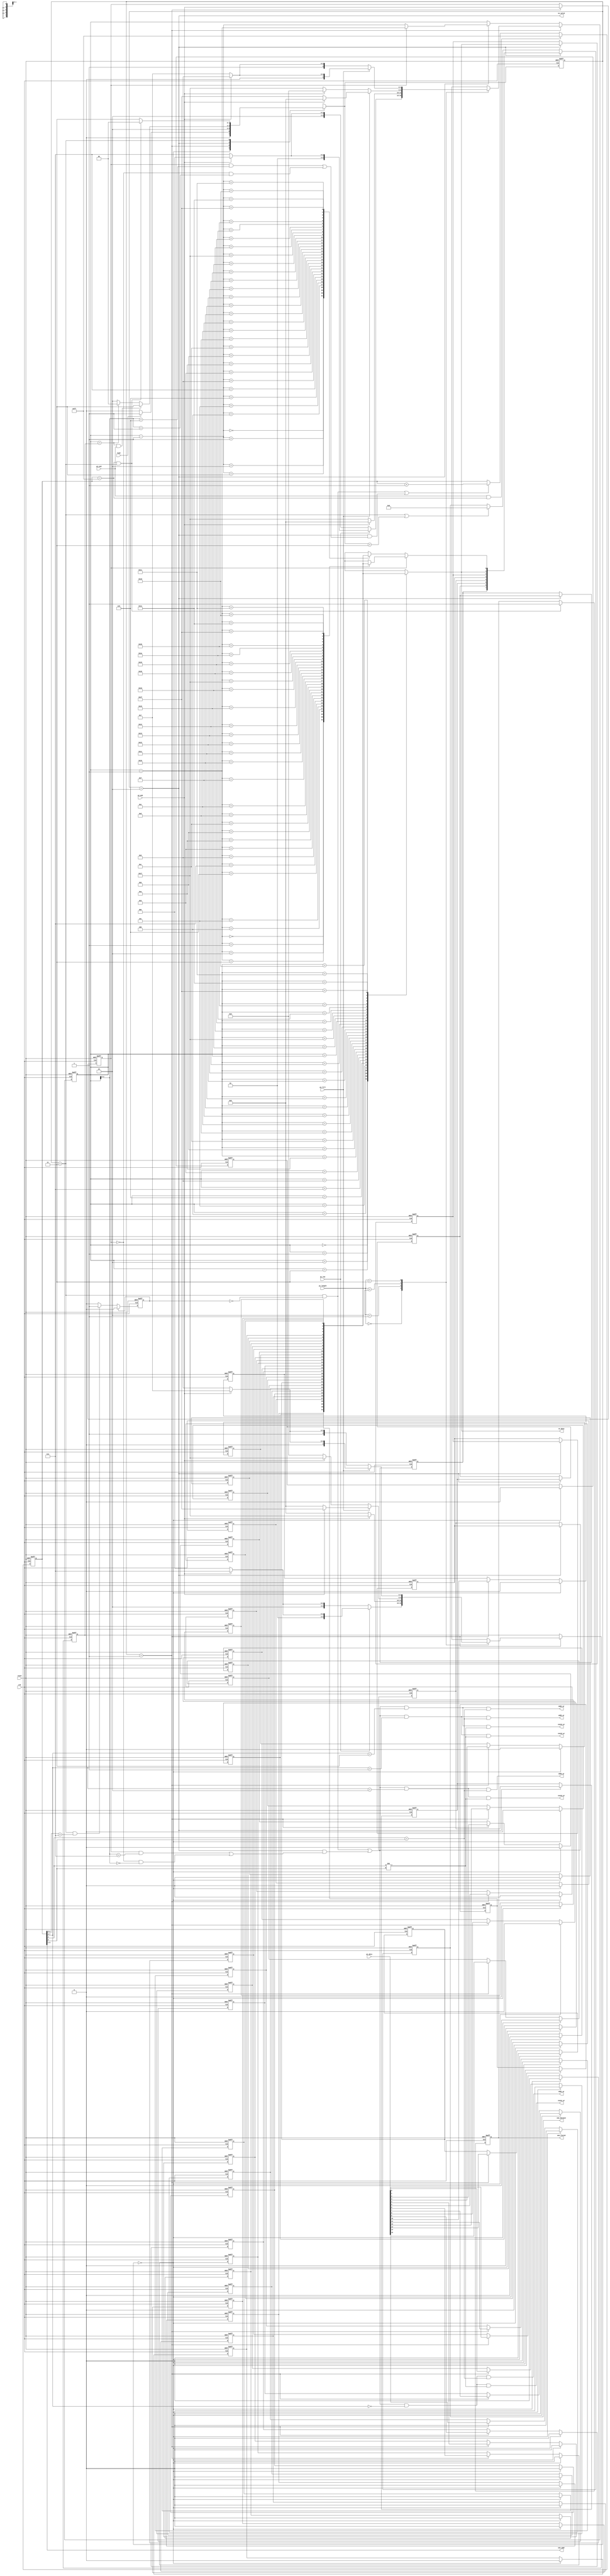
module STI_DAC(clk ,reset, load, pi_data, pi_length, pi_fill, pi_msb, pi_low, pi_end,
	       so_data, so_valid,
	       oem_finish, oem_dataout, oem_addr,
	       odd1_wr, odd2_wr, odd3_wr, odd4_wr, even1_wr, even2_wr, even3_wr, even4_wr);

input		clk, reset;
input		load, pi_msb, pi_low, pi_end; 
input	[15:0]	pi_data;
input	[1:0]	pi_length;
input		pi_fill;
output		so_data, so_valid;

output  oem_finish, odd1_wr, odd2_wr, odd3_wr, odd4_wr, even1_wr, even2_wr, even3_wr, even4_wr;
output [4:0] oem_addr;
output [7:0] oem_dataout;

//==============================================================================


reg msb_t;
//reg [31:0] data_buf;
reg data_buf [31:0];

//reg [7:0] data_t0;

parameter idle = 2'd0,load_data=2'd1,process=2'd2,final=2'd3;
reg [1:0] state,nxt_state;

wire sflag;
reg [4:0] s,e;

always@(posedge clk, posedge reset) begin
	if(reset)
		state <= idle;
	else begin
		state <= nxt_state;
	end
end

always @(*) begin
	case(state)
		idle:begin
			if(load) nxt_state = load_data;
			else nxt_state = idle;
		end
		load_data:begin
			nxt_state = process;
	
		end
		process:begin
			if(s==e & pi_end) nxt_state = final;
			else if (s==e) nxt_state = idle;
			else nxt_state = process;
		end
		final:begin
			if(sflag) nxt_state = idle;
			else nxt_state = final;
		end
	endcase
end

always@(posedge clk,posedge reset)begin
	if(reset)
		msb_t<=1'd0;
	else if (state==load_data)
		msb_t<=pi_msb;
end




reg [5:0] i,j;

/*
// load pi_data 
always@(posedge clk,posedge reset) begin
	if(reset)
		data_buf <= 32'd0;
	else if (state==idle)
		data_buf <= 32'd0;
	else if (state==load_data)begin
		//data_buf[8:23] <= pi_data;
		for (j=8;j<24;j=j+1)
			data_buf[j] <= pi_data[23-j];
	end

end
*/
always@(posedge clk,posedge reset) begin
	if(reset)begin
		//data_buf <= 32'd0;
		for(j=0;j<32;j=j+1)
			data_buf[j] <= 1'b0;
	end
	else if (state==idle) begin
		for(j=0;j<32;j=j+1)
			data_buf[j] <= 1'b0;
	end
	else if (state==load_data)begin
		//data_buf[8:23] <= pi_data;
		for (j=8;j<24;j=j+1)
			data_buf[j] <= pi_data[23-j];
	end

end

assign so_data = data_buf[s];
assign so_valid = (state==process);
//assign oem_finish = (state==final);


always@(posedge clk, posedge reset)begin
	if(reset)begin
		s <= 5'd0;
		e <= 5'd0;
	end
	else if(state==load_data)begin
	//else if(load)begin
		case(pi_length)
			2'b00:begin
				if(pi_low)begin
					s <= (pi_msb)?5'd8:5'd15;
					e <= (pi_msb)?5'd15:5'd8;
				end
				else begin
					s <= (pi_msb)?5'd16:5'd23;
					e <= (pi_msb)?5'd23:5'd16;
				end			
			end
			2'b01:begin
				s <= (pi_msb)?5'd8:5'd23;
				e <= (pi_msb)?5'd23:5'd8;
			end
			2'b10:begin
				if(pi_fill)begin
					s <= (pi_msb)?5'd8:5'd31;
					e <= (pi_msb)?5'd31:5'd8;
				end
				else begin
					s <= (pi_msb)?5'd0:5'd23;
					e <= (pi_msb)?5'd23:5'd0;
				end
			end
			2'b11:begin
				if(pi_fill)begin
					s <= (pi_msb)?5'd8:5'd7;
					e <= (pi_msb)?5'd7:5'd8;
				end
				else begin
					s <= (pi_msb)?5'd24:5'd23;
					e <= (pi_msb)?5'd23:5'd24;
				end
			end
		endcase
	end
	else if(state==process)begin
		if(msb_t)s <= s + 5'd1;
		else s <= s - 5'd1;
	end

end



/*
reg [7:0] out_data;
always@(posedge clk,posedge reset)begin
	if(reset)
		out_data <= 8'd0;
	else if(state==process) begin
		out_data[0]<=so_data;
		for (i=0;i<7;i=i+1)begin
			out_data[i+1]<=out_data[i];
		end
	end
end
*/

reg out_data [7:0];
always@(posedge clk,posedge reset)begin
	if(reset) begin
		//out_data <= 8'd0;
		for(i=0;i<8;i=i+1)
			out_data[i] <= 1'b0;
	end
	else if(state==process) begin
		out_data[0]<=so_data;
		for (i=0;i<7;i=i+1)begin
			out_data[i+1]<=out_data[i];
		end
	end
end


reg delay;
reg [7:0] addr;

always@(posedge clk,posedge reset)begin
	if(reset)
		delay <= 0;
	else if (delay)
		delay <= 0;
	else if (state==final & addr[2:0]==3'b111)
		delay <= 1;
	else	
		delay <= 0;
end



always@(posedge clk, posedge reset)begin
	if(reset)
		addr <= 8'd255;
	else if (pi_end & addr==8'd255)
		addr <= 8'd255;
 	else if ((state==final & ~delay) | (state==process & ((msb_t&s[2:0]==3'b110)|(~msb_t&s[2:0]==3'b001))))
		
		addr <= addr + 8'd1;
		
end

reg o_f;
always@(posedge clk,posedge reset)begin
	if(reset)
		o_f <= 0;
	else if(sflag)
		o_f <= 1;
end
assign oem_finish = o_f;
assign sflag = (addr==8'd255)&(state==final);

//assign oem_dataout = {out_data[6:0],so_data};
//assign oem_dataout = (state==final)? 8'd0:{out_data[6],out_data[5],out_data[4],out_data[3],out_data[2],out_data[1],out_data[0],so_data};
reg [7:0]oem_reg;

always@(posedge clk, posedge reset)begin
	if(reset)
		oem_reg <= 8'd0;
	else if(state==process)begin
		if(msb_t) 
		oem_reg <= {out_data[5],out_data[4],out_data[3],out_data[2],out_data[1],out_data[0],data_buf[s],data_buf[s+1]};
		else 
		oem_reg <= {out_data[5],out_data[4],out_data[3],out_data[2],out_data[1],out_data[0],data_buf[s],data_buf[s-1]};
	
	end
		
	else if(state==final || nxt_state==final) begin
		oem_reg <= 8'd0;
	end

end
assign oem_dataout = oem_reg;

assign oem_addr =  addr[5:1];
wire wr_en;
assign wr_en = (state==final & ~delay) |(state==process & ((msb_t&s[2:0]==3'b111)|(~msb_t&s[2:0]==3'b000)));

assign odd1_wr = ((wr_en)&(addr[7:6]==2'b00)&(addr[3]==addr[0]));
assign even1_wr = ((wr_en)&(addr[7:6]==2'b00)&(addr[3]!=addr[0]));
assign odd2_wr = ((wr_en)&(addr[7:6]==2'b01)&(addr[3]==addr[0]));
assign even2_wr = ((wr_en)&(addr[7:6]==2'b01)&(addr[3]!=addr[0]));
assign odd3_wr = ((wr_en)&(addr[7:6]==2'b10)&(addr[3]==addr[0]));
assign even3_wr = ((wr_en)&(addr[7:6]==2'b10)&(addr[3]!=addr[0]));
assign odd4_wr = ((wr_en)&(addr[7:6]==2'b11)&(addr[3]==addr[0]));
assign even4_wr = ((wr_en)&(addr[7:6]==2'b11)&(addr[3]!=addr[0]));
 
// DAC (process)
// 
//output  oem_finish, odd1_wr, odd2_wr, odd3_wr, odd4_wr, even1_wr, even2_wr, even3_wr, even4_wr;
//output [4:0] oem_addr;
//output [7:0] oem_dataout;




endmodule